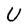
Character: U